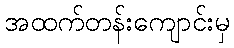
အထက်တန်းကျောင်းမှ